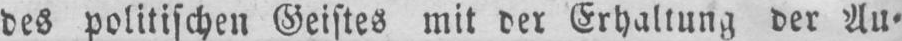
des politischen Geistes mit der Erhaltung der Au⸗